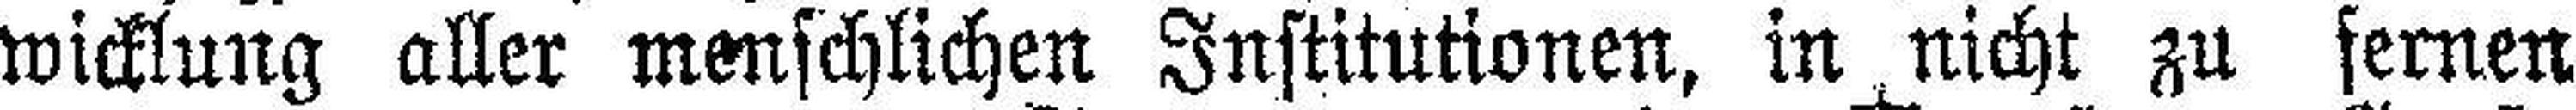
wicklung aller menschlichen Institutionen, in nicht zu fernen